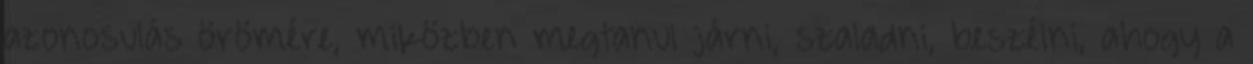
azonosulás örömére, miközben megtanul járni, szaladni, beszélni, ahogy a